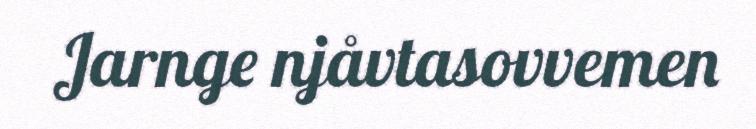
Jarnge njåvtasovvemen